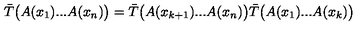
\bar { T } \bigl ( A ( x _ { 1 } ) . . . A ( x _ { n } ) \bigr ) = \bar { T } \bigl ( A ( x _ { k + 1 } ) . . . A ( x _ { n } ) \bigr ) \bar { T } \bigl ( A ( x _ { 1 } ) . . . A ( x _ { k } ) \bigr )